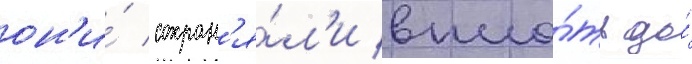
он'и́ сохран'я́л'и впло́ть до́